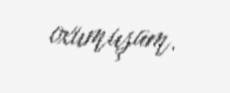
oxumuşam.